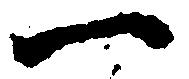
一